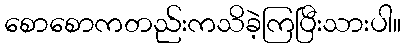
စောစောကတည်းကသိခဲ့ကြပြီးသားပါ။